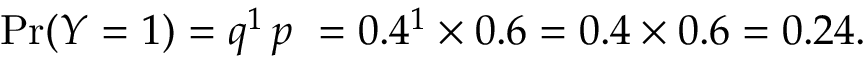
\operatorname* { P r } ( Y = 1 ) = q ^ { 1 } \, p \ = 0 . 4 ^ { 1 } \times 0 . 6 = 0 . 4 \times 0 . 6 = 0 . 2 4 .